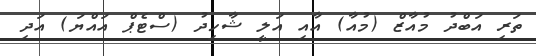
ތަރި އަބްދު މުއާޒް (މުއާ) އާއި އަލީ ޝާހިދު (ސްޓެޕް އައްޔަ) އަދި